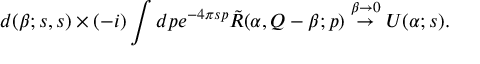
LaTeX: d ( \beta ; s , s ) \times ( - i ) \int d p e ^ { - 4 \pi s p } \tilde { R } ( \alpha , Q - \beta ; p ) \stackrel { \beta \to 0 } { \rightarrow } U ( \alpha ; s ) .